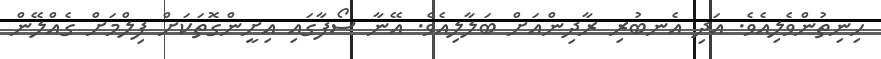
ހިނިތުންވެލިއެވެ. އަދި އެނބުރި ރާދިންއަށް ބަލާލިއެވެ. އޭނާ ސޯފާގައި އިށީންގޮތަކަށް ފިލްމަށް ގެއްލޭން